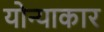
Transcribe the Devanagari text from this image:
योन्याकार